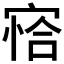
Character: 𰍍